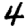
Digit: 4